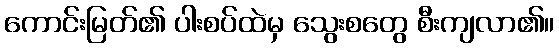
ကောင်းမြတ်၏ ပါးစပ်ထဲမှ သွေးစတွေ စီးကျလာ၏။